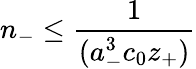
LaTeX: n_{-}\le\frac{1}{(a_{-}^{3}c_{0}z_{+})}